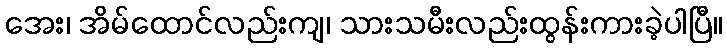
အေး၊ အိမ်ထောင်လည်းကျ၊ သားသမီးလည်းထွန်းကားခဲ့ပါပြီ။